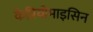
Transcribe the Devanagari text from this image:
केप्रियोमाइसिन